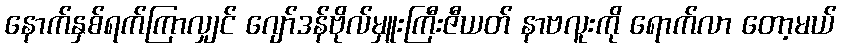
နောက်နှစ်ရက်ကြာလျှင် ဂျော်ဒန်ဗိုလ်မှူးကြီးဇီယတ် နာဗလူးကို ရောက်လာ တော့မယ်